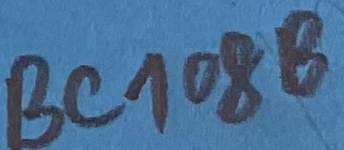
Text: BC108B